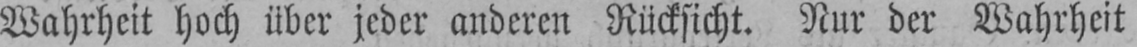
Wahrheit hoch über jeder anderen Rücksicht. Nur der Wahrheit